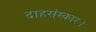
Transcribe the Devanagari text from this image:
दाहसंस्कार।